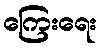
ကြေးရေး